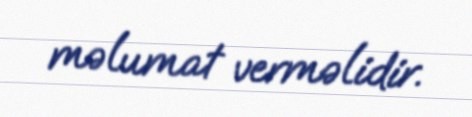
məlumat verməlidir.